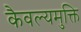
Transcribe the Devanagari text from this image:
कैवल्यमुक्ति